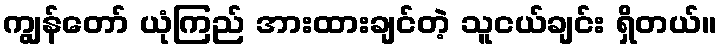
ကျွန်တော် ယုံကြည် အားထားချင်တဲ့ သူငယ်ချင်း ရှိတယ်။